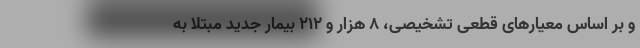
و بر اساس معیارهای قطعی تشخیصی، ۸ هزار و ۲۱۲ بیمار جدید مبتلا به